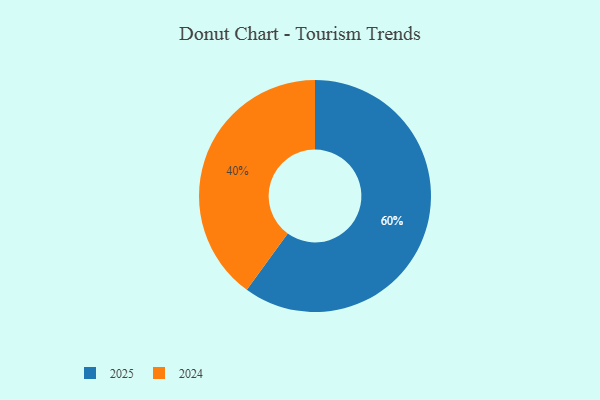
{"axis": {"x": "Category", "y": "Percentage"}, "legend": ["2024", "2025"], "data": [{"x": "2025", "y": 60, "type": "2025"}, {"x": "2024", "y": 40, "type": "2024"}]}